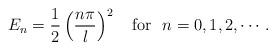
LaTeX: \begin{align*}E_n =\frac{1}{2}\left( \frac{n\pi}{l} \right)^2 \quad{\rm for} ~~n=0,1,2,\cdots.\end{align*}